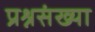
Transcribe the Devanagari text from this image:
प्रश्नसंख्या